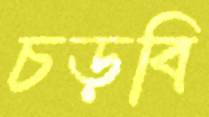
চড়বি